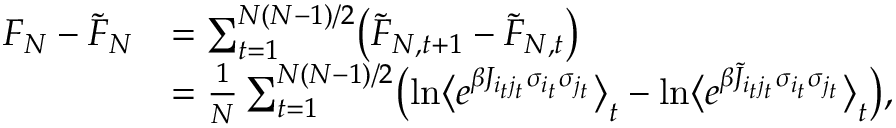
\begin{array} { r l } { F _ { N } - \tilde { F } _ { N } } & { = \sum _ { t = 1 } ^ { N ( N - 1 ) / 2 } \bigl ( \tilde { F } _ { N , t + 1 } - \tilde { F } _ { N , t } \bigr ) } \\ & { = \frac { 1 } { N } \sum _ { t = 1 } ^ { N ( N - 1 ) / 2 } \bigl ( \ln \bigl \langle e ^ { \beta J _ { i _ { t } j _ { t } } \sigma _ { i _ { t } } \sigma _ { j _ { t } } } \bigr \rangle _ { t } - \ln \bigl \langle e ^ { \beta \tilde { J } _ { i _ { t } j _ { t } } \sigma _ { i _ { t } } \sigma _ { j _ { t } } } \bigr \rangle _ { t } \bigr ) , } \end{array}